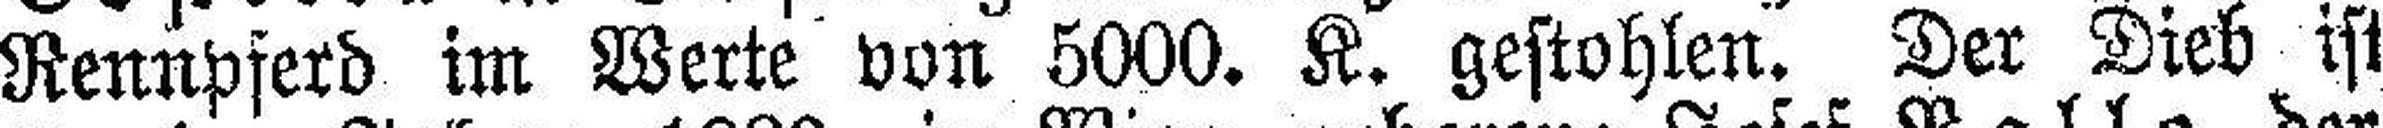
Rennpferd im Werte von 5000. K. gestohlen. Der Dieb ist